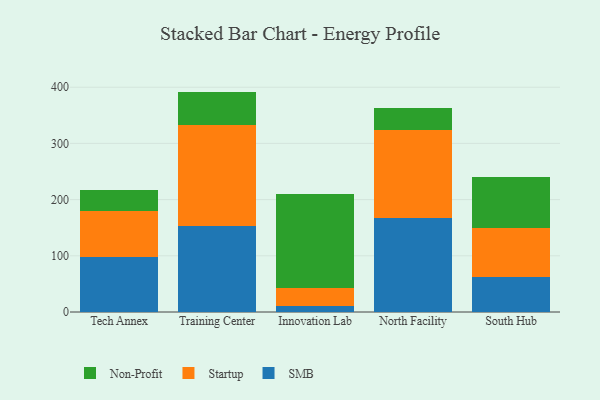
{"axis": {"x": "Campus", "y": "Inventory Turnover"}, "legend": ["Non-Profit", "SMB", "Startup"], "data": [{"x": "Tech Annex", "y": 97.1, "type": "SMB"}, {"x": "Tech Annex", "y": 82.5, "type": "Startup"}, {"x": "Tech Annex", "y": 37.7, "type": "Non-Profit"}, {"x": "Training Center", "y": 153.8, "type": "SMB"}, {"x": "Training Center", "y": 178.2, "type": "Startup"}, {"x": "Training Center", "y": 60.2, "type": "Non-Profit"}, {"x": "Innovation Lab", "y": 10.1, "type": "SMB"}, {"x": "Innovation Lab", "y": 32.4, "type": "Startup"}, {"x": "Innovation Lab", "y": 168.1, "type": "Non-Profit"}, {"x": "North Facility", "y": 167.5, "type": "SMB"}, {"x": "North Facility", "y": 155.5, "type": "Startup"}, {"x": "North Facility", "y": 39.7, "type": "Non-Profit"}, {"x": "South Hub", "y": 61.7, "type": "SMB"}, {"x": "South Hub", "y": 87.6, "type": "Startup"}, {"x": "South Hub", "y": 90.3, "type": "Non-Profit"}]}